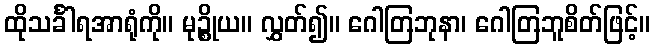
ထိုသင်္ခါရအာရုံကို။ မုဉ္စိုယ။ လွှတ်၍။ ဂေါတြဘုနာ၊ ဂေါတြဘူစိတ်ဖြင့်။